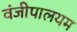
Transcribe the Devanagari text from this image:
वंजीपालयम